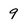
Character: 9